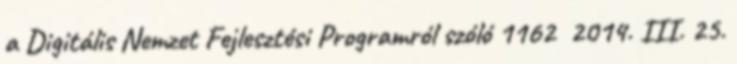
a Digitális Nemzet Fejlesztési Programról szóló 1162 2014. III. 25.